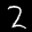
Label: 2